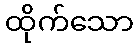
ထိုက်သော